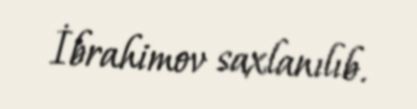
İbrahimov saxlanılıb.